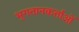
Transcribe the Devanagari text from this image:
भुगतानकर्ताओं